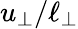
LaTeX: u_{\perp}/\ell_{\perp}